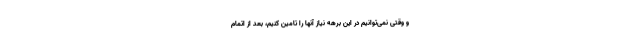
و وقتی نمی‌توانیم در این برهه نیاز آنها را تامین کنیم، بعد از اتمام